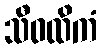
သီဝထိကံ